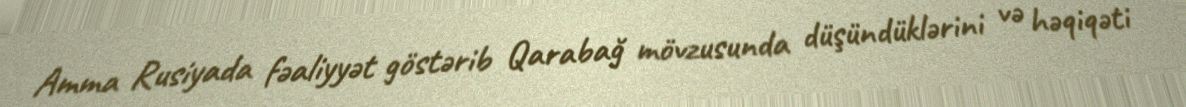
Amma Rusiyada fəaliyyət göstərib Qarabağ mövzusunda düşündüklərini və həqiqəti